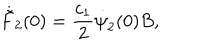
\dot { \tilde { F } } _ { 2 } ( 0 ) = \frac { c _ { 1 } } { 2 } \dot { \psi } _ { 2 } ( 0 ) B ,